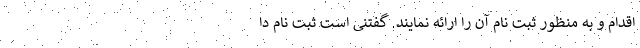
اقدام و به منظور ثبت نام آن را ارائه نمایند. گفتنی است ثبت نام دا